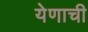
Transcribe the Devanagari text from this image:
येणाची